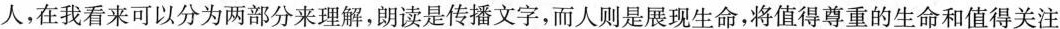
人，在我看来可以分为两部分来理解，朗读是传播文字，而人则是展现生命，将值得尊重的生命和值得关注